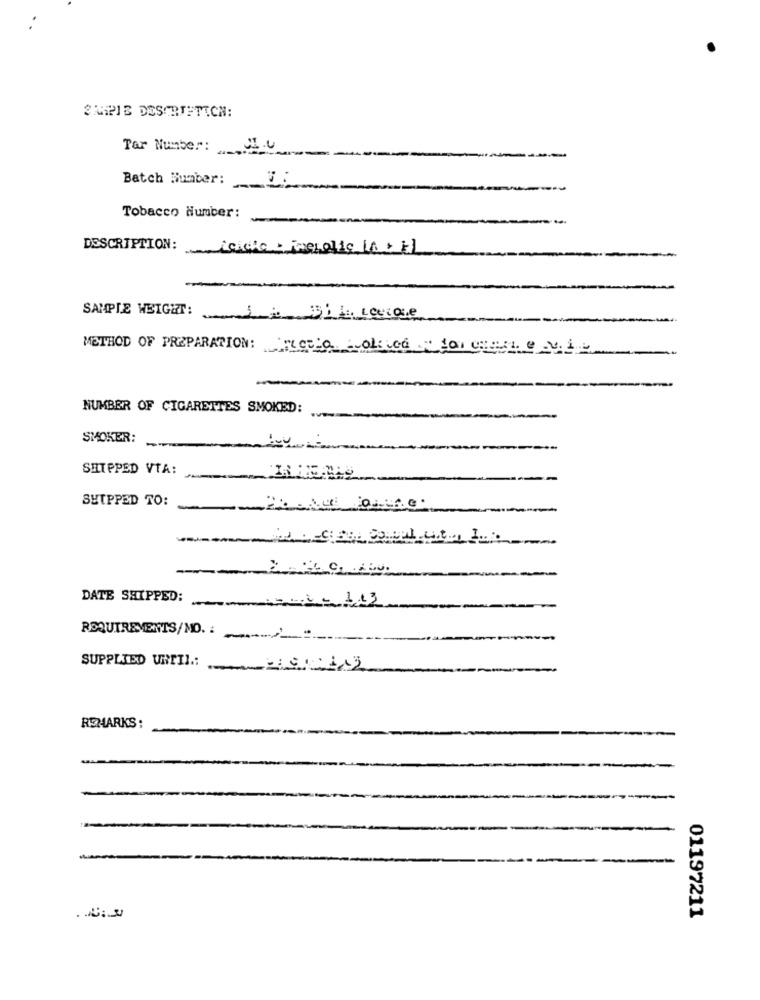
3/MPIE DESCRIPTION:
Tar Number:
Batch Number:
Tobacco Number:
DESCRIPTION:
SAMPLE WEIGHT:
METHOD OF PREPARATION: Rela - olived " for cel " Mit
-
NUMBER OF CIGARETTES SMOKED:
SMOKER:
SHIPPED VTA:
SHIPPED TO:
--
-
DATE SHIPPED:
===== = 1.13
REQUIREMENTS/MO. :
SUPPLIED UNTIL .:
REMARKS :
01197211